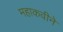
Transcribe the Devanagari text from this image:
महाकवीने